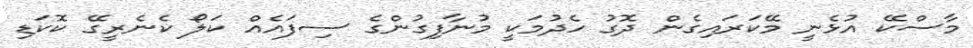
މާސްކޭ އުޅެނީ މޭކަރައިގެން ދޮގު ހެދުމަކީ މުނާފިގުންގެ ސިފައެއް ކަލޯ ކެނެރީގޭ ކޮކަޑި